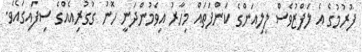
ފުރުމުގެ އެ ލަފްޒުވެސް ލިލިއަންގެ ކަންފަތައް މިހާރު އިވެމުންދަނީ ހޮނު ގުގުރިއެއްގެ ސިފައިގައެވެ.